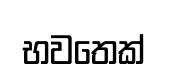
භවතෙක්